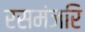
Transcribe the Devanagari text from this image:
रसमंजरि